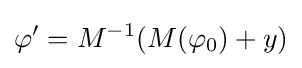
\varphi '=M^{-1}(M(\varphi _{0})+y)